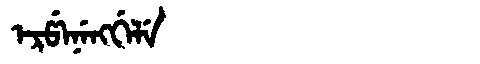
Manchu: ᡝᡵᡦᡝᠨᡝᠩᡤᡝᠯᡝ
Romanization: ERPENENGGELE